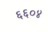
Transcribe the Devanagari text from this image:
६६०४